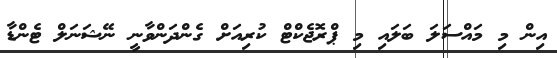
އިން މި މައްސަލަ ބަލައި މި ޕްރޮޖެކްޓް ކުރިއަށް ގެންދަންވާނީ ނޭޝަނަލް ޓެންޑާ